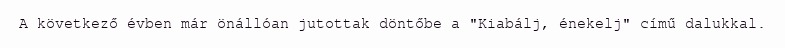
A következő évben már önállóan jutottak döntőbe a "Kiabálj, énekelj" című dalukkal.